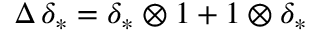
\Delta \, \delta _ { * } = \delta _ { * } \otimes 1 + 1 \otimes \delta _ { * }